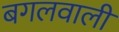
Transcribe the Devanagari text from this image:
बगलवाली